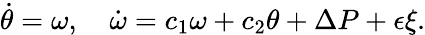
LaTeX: \dot{\theta}=\omega,\quad\dot{\omega}=c_{1}\omega+c_{2}\theta+\Delta P+\epsilon\xi.